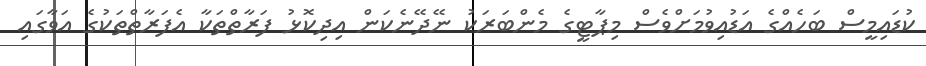
ކުޑައިމީސް ބަހެއްގެ އަޑުއިވުމަށްވެސް މިޕާޓީގެ މެންބަރަކު ނޭދޭނެކަން އިދިކޮޅު ފަރާތްތަކާ އެފަރާތްތަކުގެ އަވާގައި